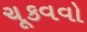
ચૂકવવો